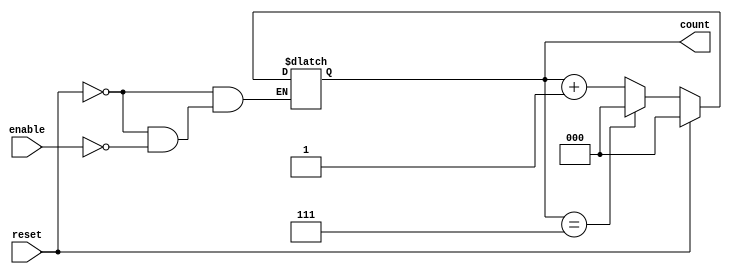
module mod_n_async_counter (
    input wire reset,          // Asynchronous reset
    input wire enable,        // Enable signal to allow counting
    output reg [2:0] count    // 3-bit output for Mod-8 counter
);

    // Asynchronous reset and counting logic
    always @(*) begin
        if (reset) begin
            count = 3'b000;    // Reset count to 0
        end else if (enable) begin
            // Count logic: increment on the falling edge of the LSB
            if (count == 3'b111) begin
                count = 3'b000; // Wrap around to 0
            end else begin
                count = count + 1; // Increment count
            end
        end
    end

    // Trigger counting on the falling edge of the LSB
    always @(count[0]) begin
        if (!count[0] && enable) begin
            // This block is triggered on the falling edge of count[0]
            // The counting logic is handled in the previous always block
        end
    end

endmodule